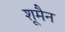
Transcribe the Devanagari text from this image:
शूमैन